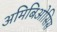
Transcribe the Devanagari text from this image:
अमिबिओसिस